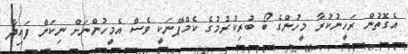
އެގޮތުން ރަހީނުކުރާ މީހުންގެ ބޯ ބުރިކުރުމުގެ ކެމްޕޭނަކީ ވެސް އެމީހުންނަށް ނިކަން ފައިދާ